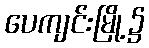
ပေကျင်းမြို့၌